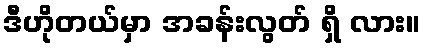
ဒီဟိုတယ်မှာ အခန်းလွတ် ရှိ လား။